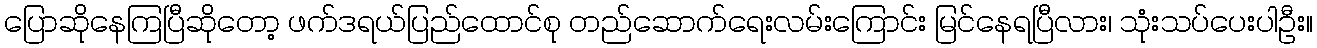
ပြောဆိုနေကြပြီဆိုတော့ ဖက်ဒရယ်ပြည်ထောင်စု တည်ဆောက်ရေးလမ်းကြောင်း မြင်နေရပြီလား၊ သုံးသပ်ပေးပါဦး။